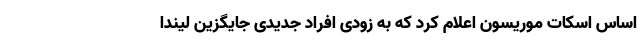
اساس اسکات موریسون اعلام کرد که به زودی افراد جدیدی جایگزین لیندا